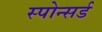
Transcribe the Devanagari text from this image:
स्पोन्सर्ड